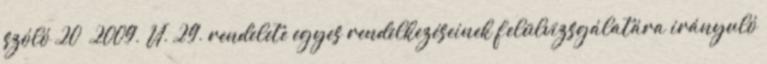
szóló 20 2009. VI. 29. rendelete egyes rendelkezéseinek felülvizsgálatára irányuló